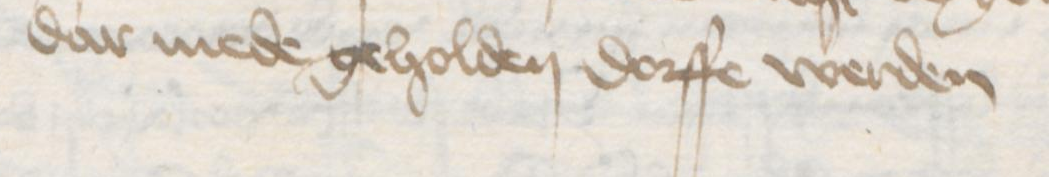
Transcription: dar mede geholden dorffe werden